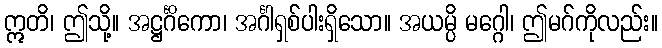
ဣတိ၊ ဤသို့။ အဋ္ဌင်္ဂိကော၊ အင်္ဂါရှစ်ပါးရှိသော။ အယမ္ပိ မဂ္ဂေါ၊ ဤမဂ်ကိုလည်း။